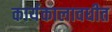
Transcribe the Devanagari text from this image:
कार्यकालावधीत